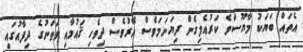
އެތައް ބަޔަކު މާޔޫސްވެ ކަރުއެލިގެން ދިޔަނަމަވެސް އޭރުވެސް ދިވެހި ޤައުމާއި ވަޠަނުގެ ދިފާއުގައި